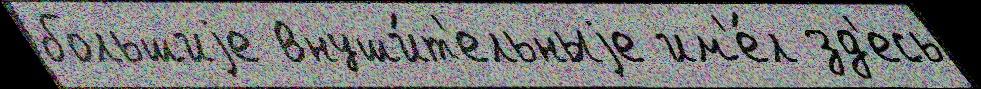
большиjе внуши́т'ельныjе им'е́л зд'есь